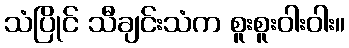
သံပြိုင် သီချင်းသံက စူးစူးဝါးဝါး။